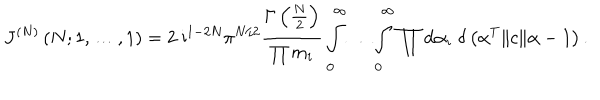
J ^ { ( N ) } \left( N ; 1 , \ldots , 1 \right) = 2 \; \mathrm { i } ^ { 1 - 2 N } \pi ^ { N / 2 } \frac { \Gamma \left( { \textstyle { \frac { N } { 2 } } } \right) } { \prod m _ { i } } \int _ { 0 } ^ { \infty } \ldots \int _ { 0 } ^ { \infty } \prod \mathrm { d } \alpha _ { i } \; \delta \left( \alpha ^ { T } \| c \| \alpha - 1 \right) .